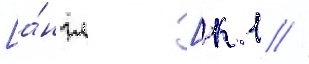
[а́нгл. [к 1 //